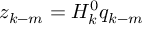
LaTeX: z _ { k - m } = H _ { k } ^ { 0 } q _ { k - m }